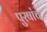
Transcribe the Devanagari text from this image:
पुरषांचे